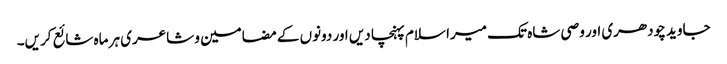
جاوید چودھری اور وصی شاہ تک میرا سلام پہنچا دیں اور دونوں کے مضامین و شاعری ہر ماہ شائع کریں۔